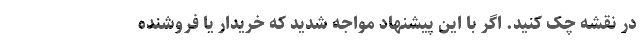
در نقشه چک کنید. اگر با این پیشنهاد مواجه شدید که خریدار یا فروشنده